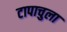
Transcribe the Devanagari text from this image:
टापाचुला